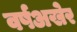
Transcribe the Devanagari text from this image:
वर्षअखेर